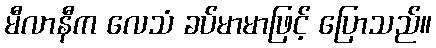
မီလာနီက လေသံ ခပ်မာမာဖြင့် ပြောသည်။